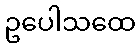
ဥပေါသထေ